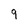
Character: 9